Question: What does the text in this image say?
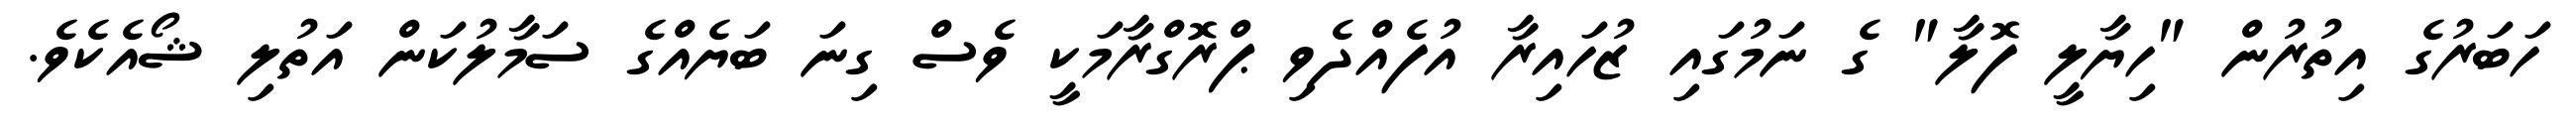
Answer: ހަބަރުގެ އިތުރުން "ހިޔާލީ ފޮލާ" ގެ ނަމުގައި ޒުހައިރާ އުފެއްދެވި ޕްރޮގްރާމަކީ ވެސް ގިނަ ބަޔެއްގެ ސަމާލުކަން އަތުލި ޝޯއެކެވެ.